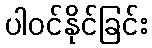
ပါဝင်နိုင်ခြင်း